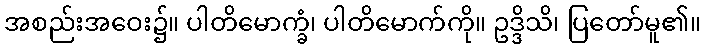
အစည်းအဝေး၌။ ပါတိမောက္ခံ၊ ပါတိမောက်ကို။ ဥဒ္ဒိသိ၊ ပြတော်မူ၏။